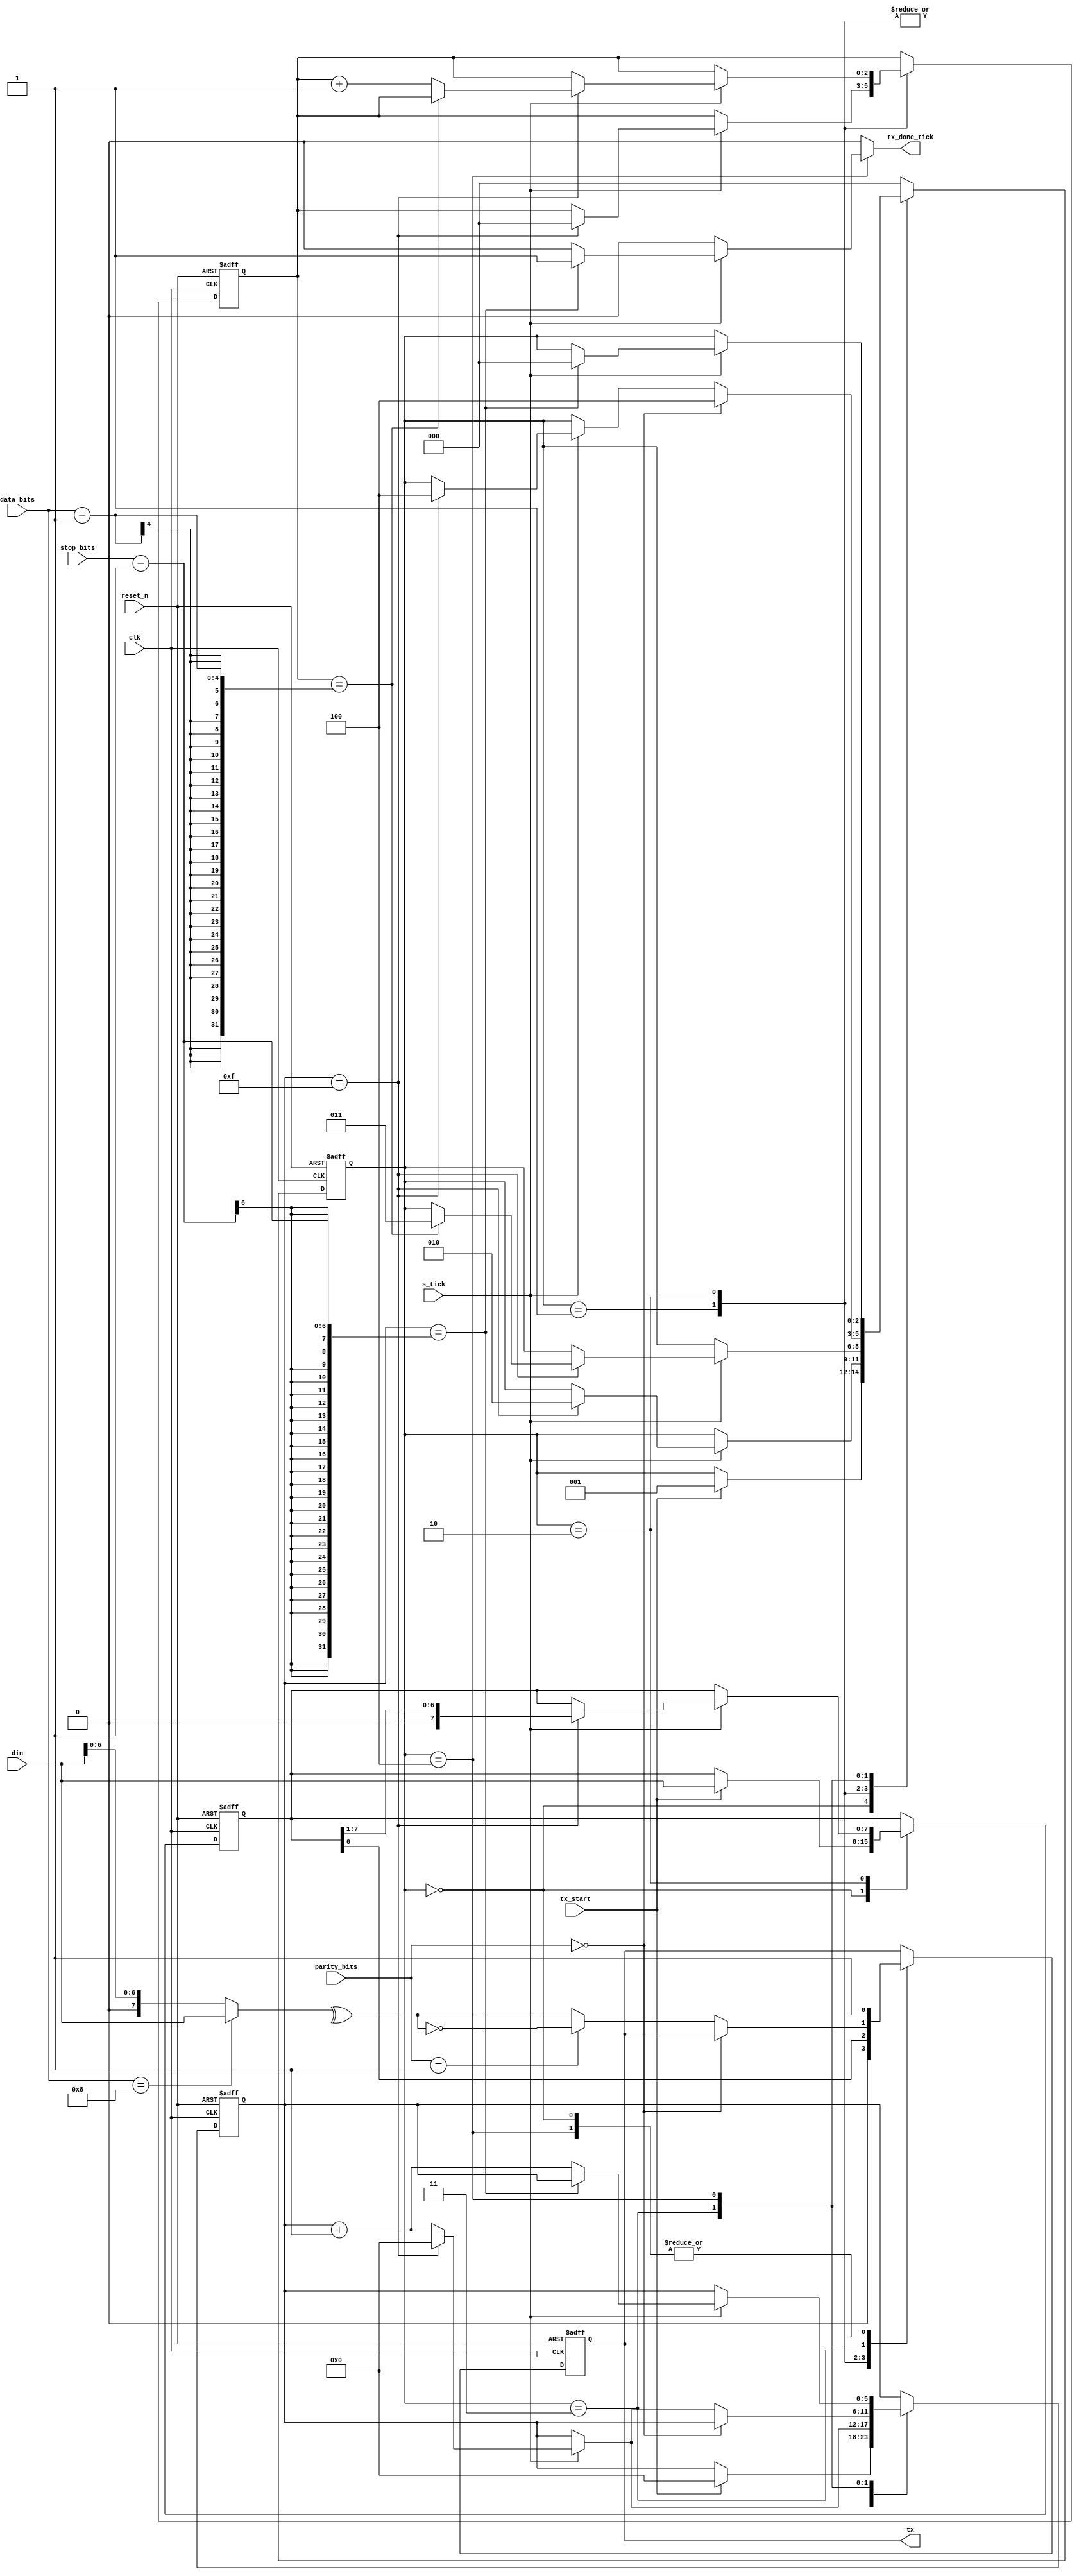
module uart_tx
#(parameter DBIT=8, SB_TICK=16)
(
	input clk,reset_n,
	input tx_start, s_tick,
	input [7:0] din,
	input [3:0] data_bits,
	input [5:0] stop_bits,
	input [1:0] parity_bits,
	output reg tx_done_tick,
	output tx
);
localparam [2:0]
	IDLE=3'b000,
	START=3'b001,
	DATA=3'b010,
	PARITY=3'b011,
	STOP=3'b100;

reg [2:0] current_state,next_state;
reg [5:0] s_reg,s_next;
reg [2:0] n_reg,n_next;
reg [7:0] b_reg,b_next;
reg tx_reg,tx_next;
reg [7:0] din_temp;

always @(posedge clk or negedge reset_n)
begin
	if(~reset_n)
	begin
		current_state <= IDLE;
		s_reg <= 0;
		n_reg <=0;
		b_reg <=0;
		tx_reg <= 1;
	end
	else
	begin
		current_state <= next_state;
		s_reg <= s_next;
		n_reg <= n_next;
		b_reg <= b_next;
		tx_reg <= tx_next;
	end
end	
always @*
begin
	next_state = current_state;
	tx_done_tick=0;
	s_next =s_reg;
	n_next = n_reg;
	b_next = b_reg;
	tx_next = tx_reg;
	din_temp = 0;
	case(current_state)
		IDLE:
		begin
			tx_next = 1;
			if(tx_start)
			begin
				s_next = 0;
				b_next = din;
				next_state = START;
			end
		end
		START:
			begin
				tx_next = 0;
				if(s_tick)
					if(s_reg == 15)
					begin
						next_state = DATA;
						s_next = 0;
						n_next = 0;
					end
					else
						s_next = s_reg  +1;
			end
		DATA:
			begin
				tx_next = b_reg[0];
				if(s_tick)
					if(s_reg == 15)
					begin
						s_next = 0;
						b_next = b_reg>>1;
						if(n_reg == data_bits-1)
							next_state = PARITY;
						else
							n_next = n_reg + 1;
					end
					else
						s_next = s_reg + 1;
				end
		PARITY:
		begin
			if(parity_bits == 0)
				next_state = STOP;
			else
			begin
				din_temp = (data_bits ==8)? din : din[6:0];
				tx_next =(parity_bits == 1)? {!{^din_temp}}:{^din_temp};
				if(s_tick == 1)
					if(s_reg == 15)
					begin
						next_state = STOP;
						s_next = 0;
					end
					else
						s_next = s_reg + 1;
			end
		end
		STOP:
			begin
				tx_next = 1;
				if(s_tick)
					if(s_reg == stop_bits-1)
					begin
						next_state = IDLE;
						tx_done_tick = 1;
					end
					else
						s_next = s_reg + 1;
			end
		default:
			next_state = IDLE;
	endcase
end
assign tx = tx_reg;
endmodule